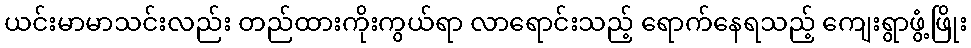
ယင်းမာမာသင်းလည်း တည်ထားကိုးကွယ်ရာ လာရောင်းသည့် ရောက်နေရသည့် ကျေးရွာဖွံ့ဖြိုး